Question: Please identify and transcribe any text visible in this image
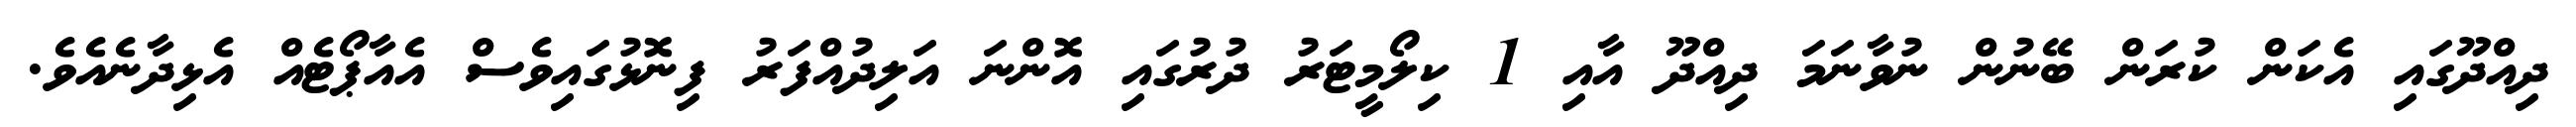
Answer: ދިއްދޫގައި އެކަން ކުރަން ބޭނުން ނުވާނަމަ ދިއްދޫ އާއި 1 ކިލޯމީޓަރު ދުރުގައި އޮންނަ އަލިދުއްފަރު ފިނޮޅުގައިވެސް އެއާޕޯޓެއް އެޅިދާނެއެވެ.